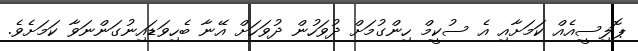
ޕޮލިސީއެއް ކަމަށާއި އެ ސުކީމް ހިންގުމަށް ދުވަހުން ދުވަހަށް އޭނާ ބެހިވަޑައިނުގަންނަވާ ކަމަށެވެ.